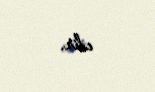
edir.